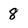
Character: 8